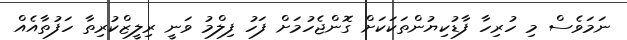
ނަމަވެސް މި ހުރިހާ ފާޑުކިޔުންތަކަކަށް ގޮންޖެހުމަށް ފަހު ފިލްމު ވަނީ ރިލީޒްކުރިތާ ހަފުތާއެއް